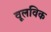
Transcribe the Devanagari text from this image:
वूलविक